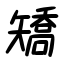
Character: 矯